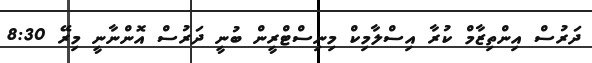
ދަރުސް އިންތިޒާމް ކުރާ އިސްލާމިކް މިނިސްޓްރީން ބުނީ ދަރުސް އޮންނާނީ މިރޭ 8:30